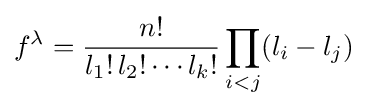
f^{\lambda }={\frac {n!}{l_{1}!\,l_{2}!\cdots l_{k}!}}\prod _{i<j}(l_{i}-l_{j})